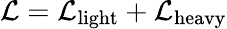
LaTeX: {\cal L}={\cal L}_{\mathrm{light}}+{\cal L}_{\mathrm{heavy}}